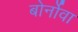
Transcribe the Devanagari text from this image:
बोर्नोवा